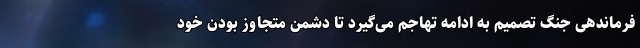
فرماندهی جنگ تصمیم به ادامه تهاجم می‌گیرد تا دشمن متجاوز بودن خود